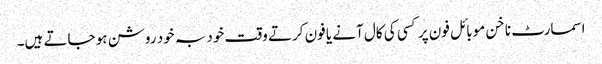
اسمارٹ ناخن موبائل فون پر کسی کی کال آنے یا فون کرتے وقت خود بہ خود روشن ہو جاتے ہیں۔